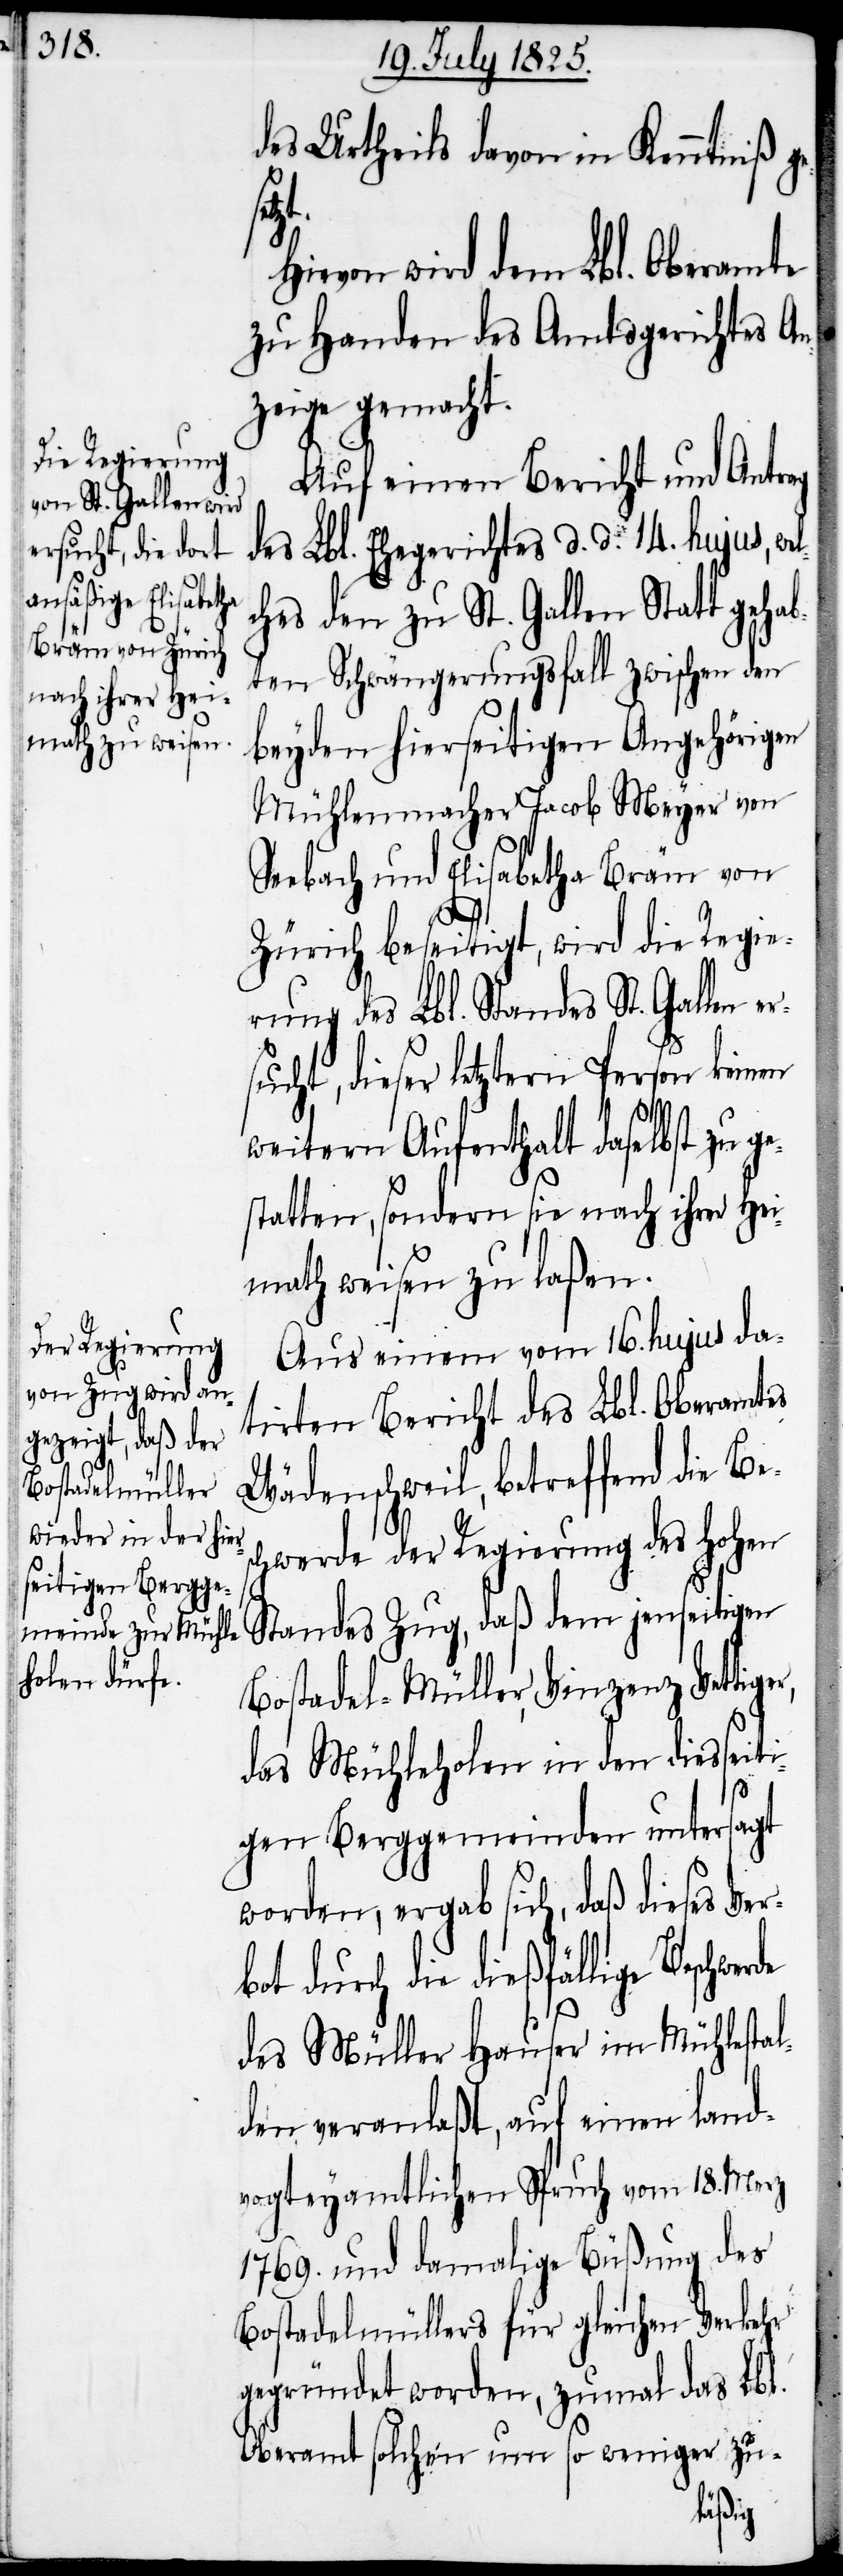
des Urtheils davon in Kenntniß ge¬
r,
Hievon wird dem Lbl. Oberamte
zu Handen des Amtsgerichtes An¬
zeige gemacht.
Auf einen Bericht und Antrag
des Lbl. Ehegerichtes d. d. 14. hujus, we¬
hes den zu St. Gallen Statt gehab¬
ten Schwängerungsfall zwischen den
beyden hierseitigen Angehörigen
Mühlenmacher Jacob Meyer von
Seebach und Elisabetha Bräm von
Zürich beseitigt, wird die Regie¬
rung des Lbl. Standes St. Gallen
sucht, dieser letztern Person keinen
weitern Aufenthalt daselbst zu g¬
statten, sondern sie nach ihrer Hei¬
math weisen zu laßen.
Aus einem vom 16. hujus da¬
tirten Bericht des Lbl. Oberamtes
Wädenschweil, betreffend die Be¬
chwerde der Regierung des hohen
Standes Zug, daß dem jenseitigen
Bostadel-Müller, Vinzenz Vettige¬
das Mühleholen in den diesseiti¬
gen Berggemeinden untersagt
worden, ergab sich, daß dieses Ver¬
bot durch die dießfällige Beschwe¬
rde
des Müller Hauser im Mühlestal¬
den veranlaßt, auf einen land¬
vogteyamtlichen Spruch vom 18. Merz
1769. und damalige Büßung des
Bostadelmüllers für gleichen Verkehr
gegründet worden, zumal das Lbl.
Oberamt solchen um so weniger zu-